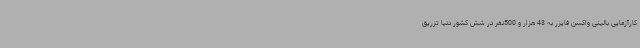
کارآزمایی بالینی واکسن فایزر به 43 هزار و 500نفر در شش کشور دنیا تزریق